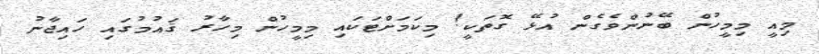
މިއީ މިމީހުން ބޭނުންވެގެން އުޅޭ ގޮތަކީ! މިކަމަށްޓަކައި މިމީހުން މިހާރު ޤައުމުގައި ހައިޖާނު